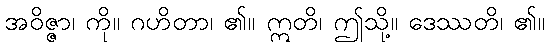
အဝိဇ္ဇာ၊ ကို။ ဂဟိတာ၊ ၏။ ဣတိ၊ ဤသို့။ ဒေဿတိ၊ ၏။